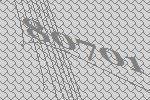
80701